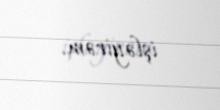
işləyirəm.